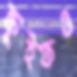
ক্রুইফও